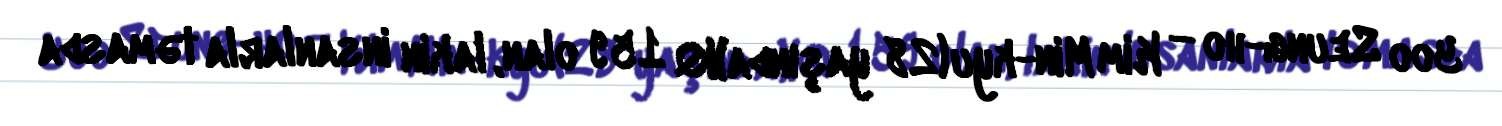
Yoo Seung-ho — Kim Min-kyu (28 yaşında)IQ 159 olan, lakin insanlarla təmasda